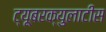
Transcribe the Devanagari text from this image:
ट्यूबरक्युलाटीस